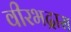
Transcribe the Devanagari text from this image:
वीरभद्रास